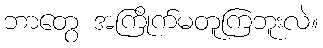
ဘာတွေ အကြိုက်မတူကြဘူးလဲ။